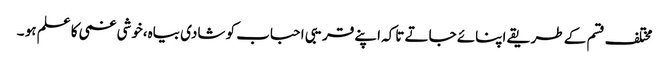
مختلف قسم کے طریقے اپنائے جاتے تاکہ اپنے قریبی احباب کو شادی بیاہ،خوشی غمی کا علم ہو ۔